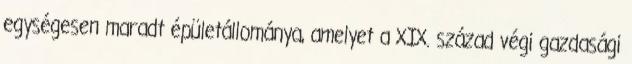
egységesen maradt épületállománya, amelyet a XIX. század végi gazdasági